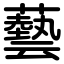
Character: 藝